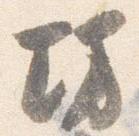
坊